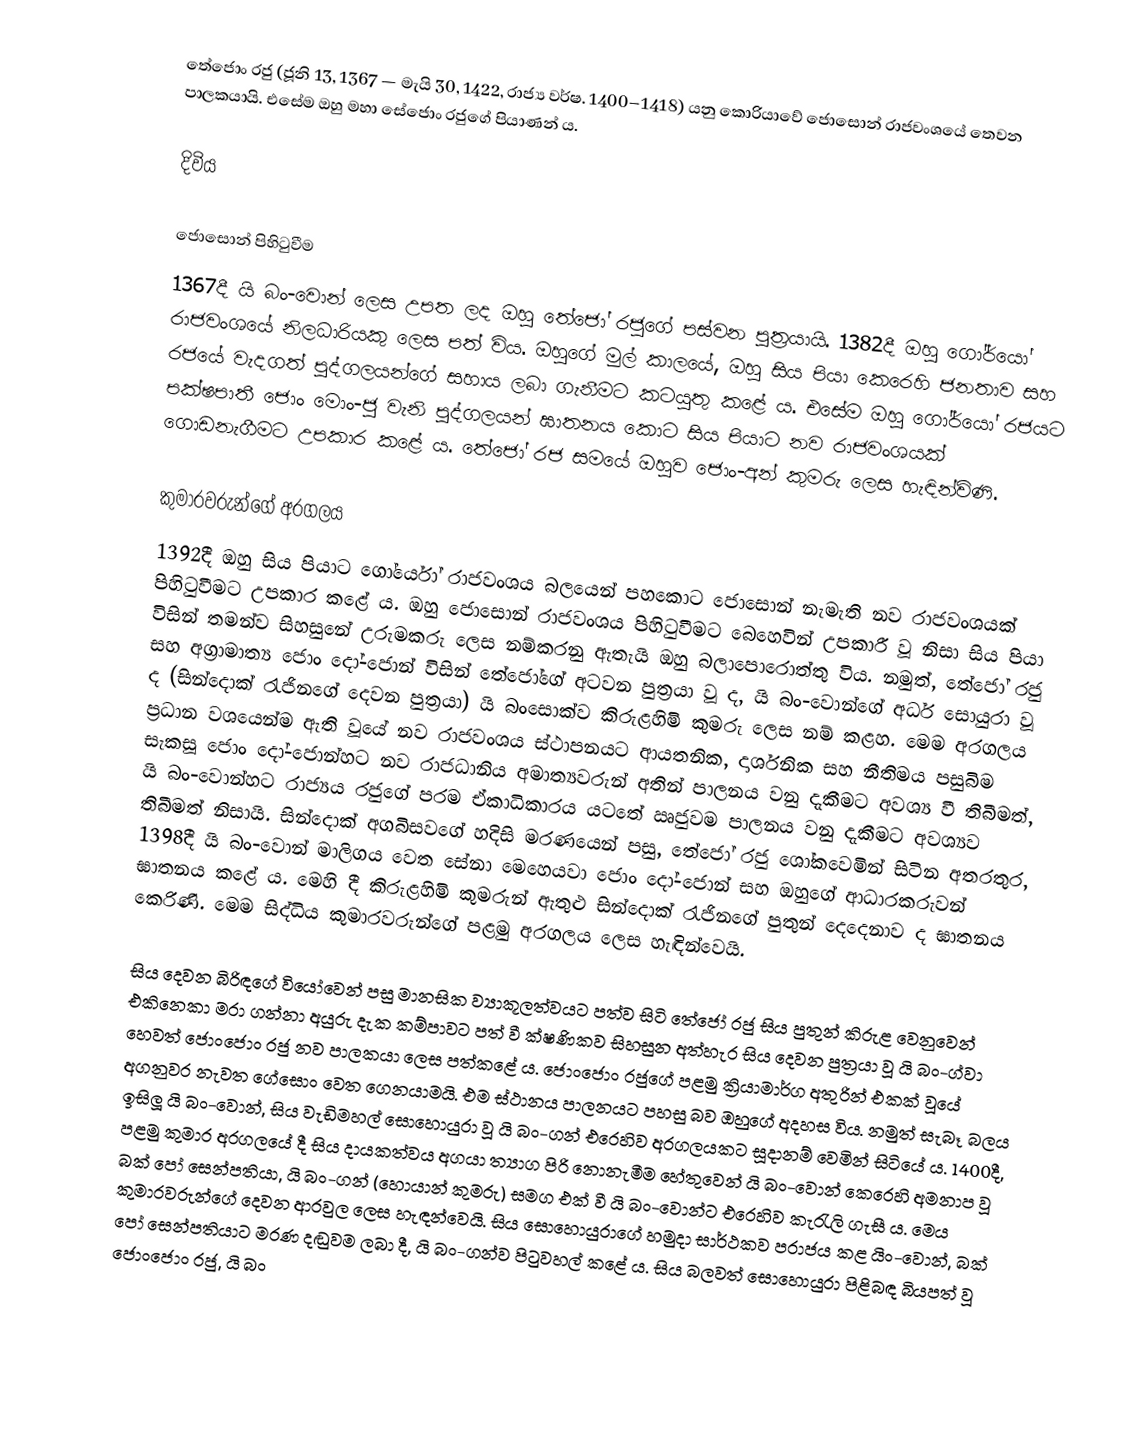
තේජොං රජු (ජූනි 13, 1367 — මැයි 30, 1422, රාජ්‍ය වර්ෂ. 1400–1418) යනු කොරියාවේ ජොසොන් රාජවංශයේ තෙවන පාලකයායි. එසේම ඔහු මහා සේජොං රජුගේ පියාණන් ය.

දිවිය

ජොසොන් පිහිටුවීම
1367දී යි බං-වොන් ලෙස උපත ලද ඔහු තේජෝ රජුගේ පස්වන පුත්‍රයායි. 1382දී ඔහු ගෝර්යෝ රාජවංශයේ නිලධාරියකු ලෙස පත් විය. ඔහුගේ මුල් කාලයේ, ඔහු සිය පියා කෙරෙහි ජනතාව සහ රජයේ වැදගත් පුද්ගලයන්ගේ සහාය ලබා ගැනීමට කටයුතු කළේ ය. එසේම ඔහු ගෝර්යෝ රජයට පක්ෂපාතී ජොං මොං-ජු වැනි පුද්ගලයන් ඝාතනය කොට සිය පියාට නව රාජවංශයක් ගොඩනැගීමට උපකාර කළේ ය. තේජෝ රජ සමයේ ඔහුව ජොං-අන් කුමරු ලෙස හැඳින්විණි.

කුමාරවරුන්ගේ අරගලය
1392දී ඔහු සිය පියාට ගෝර්යෝ රාජවංශය බලයෙන් පහකොට ජොසොන් නැමැති නව රාජවංශයක් පිහිටුවීමට උපකාර කළේ ය. ඔහු ජොසොන් රාජවංශය පිහිටුවීමට බෙහෙවින් උපකාරී වූ නිසා සිය පියා විසින් තමන්ව සිහසුනේ උරුමකරු ලෙස නම්කරනු ඇතැයි ඔහු බලාපොරොත්තු විය. නමුත්, තේජෝ රජු සහ අග්‍රාමාත්‍ය ජොං දෝ-ජොන් විසින් තේජෝගේ අටවන පුත්‍රයා වූ ද, යි බං-වොන්ගේ අර්ධ සොයුරා වූ ද (සින්දොක් රැජිනගේ දෙවන පුත්‍රයා) යි බංසොක්ව කිරුළහිමි කුමරු ලෙස නම් කළහ. ‍මෙම අරගලය ප්‍රධාන වශයෙන්ම ඇති වූයේ නව රාජවංශය ස්ථාපනයට ආයතනික, දාර්ශනික සහ නීතිමය පසුබිම සැකසූ ජොං දෝ-ජොන්හට නව රාජධානිය අමාත්‍යවරුන් අතින් පාලනය වනු දැකීමට අවශ්‍ය වී තිබීමත්, යි බං-වොන්හට රාජ්‍යය රජුගේ පරම ඒකාධිකාරය යටතේ ඍජුවම පාලනය වනු දැකීමට අවශ්‍යව තිබීමත් නිසායි. සින්දොක් අගබිසවගේ හදිසි මරණයෙන් පසු, තේජෝ රජු ශෝකවෙමින් සිටින අතරතුර, 1398දී යි බං-වොන් මාලිගය වෙත සේනා මෙහෙයවා ජොං දෝ-ජොන් සහ ඔහුගේ ආධාරකරුවන් ඝාතනය කළේ ය. මෙහි දී කිරුළහිමි කුමරුන් ඇතුළු සින්දොක් රැජිනගේ පුතුන් දෙදෙනාව ද ඝාතනය කෙරිණි. මෙම සිද්ධිය කුමාරවරුන්ගේ පළමු අරගලය ලෙස හැඳින්වෙයි.

සිය දෙවන බිරිඳගේ වියෝවෙන් පසු මානසික ව්‍යාකූලත්වයට පත්ව සිටි තේජෝ රජු සිය පුතුන් කිරුළ වෙනුවෙන් එකිනෙකා මරා ගන්නා අයුරු දැක කම්පාවට පත් වී ක්ෂණිකව සිහසුන අත්හැර සිය දෙවන පුත්‍රයා වූ යි බං-ග්වා හෙවත් ජොංජොං රජු නව පාලකයා ලෙස පත්කළේ ය. ජොංජොං රජුගේ පළමු ක්‍රියාමාර්ග අතුරින් එකක් වූයේ අගනුවර නැවත ගේසොං වෙත ගෙනයාමයි. එම ස්ථානය පාලනයට පහසු බව ඔහුගේ අදහස විය. නමුත් සැබෑ බලය ඉසිලූ යි බං-වොන්, සිය වැඩිමහල් සොහොයුරා වූ යි බං-ගන් එරෙහිව අරගලයකට සූදානම් වෙමින් සිටියේ ය. 1400දී, පළමු කුමාර අරගලයේ දී සිය දායකත්වය අගයා ත්‍යාග පිරි නොනැමීම හේතුවෙන් යි බං-වොන් කෙරෙහි අමනාප වූ බක් ‍පෝ සෙන්පතියා, යි බං-ගන් (හොයාන් කුමරු) සමග එක් වී යි බං-වොන්ට එරෙහිව කැරැලි ගැසී ය. මෙය කුමාරවරුන්ගේ දෙවන ආරවුල ලෙස හැඳන්වෙයි. සිය සොහොයුරාගේ හමුදා සාර්ථකව පරාජය කළ යිං-වොන්, බක් පෝ සෙන්පතියාට මරණ දඬුවම ලබා දී, යි බං-ගන්ව පිටුවහල් කළේ ය. සිය බලවත් සොහොයුරා පිළිබඳ බියපත් වූ ජොංජොං රජු, යි බං